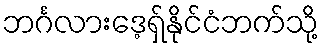
ဘင်္ဂလားဒေ့ရှ်နိုင်ငံဘက်သို့